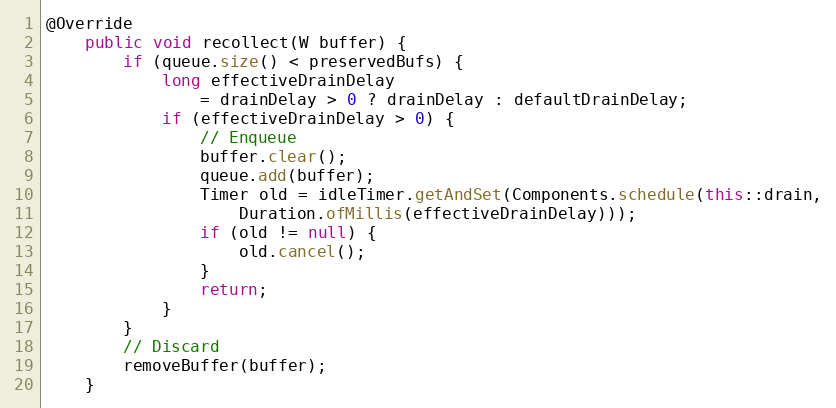
Language: Java
@Override
    public void recollect(W buffer) {
        if (queue.size() < preservedBufs) {
            long effectiveDrainDelay
                = drainDelay > 0 ? drainDelay : defaultDrainDelay;
            if (effectiveDrainDelay > 0) {
                // Enqueue
                buffer.clear();
                queue.add(buffer);
                Timer old = idleTimer.getAndSet(Components.schedule(this::drain,
                    Duration.ofMillis(effectiveDrainDelay)));
                if (old != null) {
                    old.cancel();
                }
                return;
            }
        }
        // Discard
        removeBuffer(buffer);
    }